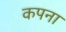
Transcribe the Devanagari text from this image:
कपना